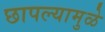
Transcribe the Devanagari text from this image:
छापल्यामुळे